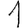
Digit: 1